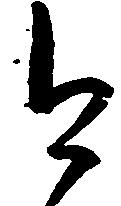
今